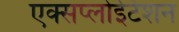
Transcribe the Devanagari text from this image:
एक्सप्लोईटेशन